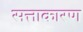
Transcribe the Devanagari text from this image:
सत्ताकारण